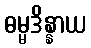
ဓမ္မဒိန္နာယ